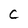
Character: C